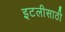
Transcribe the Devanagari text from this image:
इटलीसाठी